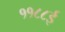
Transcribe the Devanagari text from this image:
११८८ई